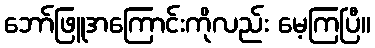
ဘော်ဖြူအကြောင်းကိုလည်း မေ့ကြပြီ။